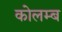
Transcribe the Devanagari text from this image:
कोलम्ब